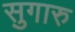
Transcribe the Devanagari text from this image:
सुगारु